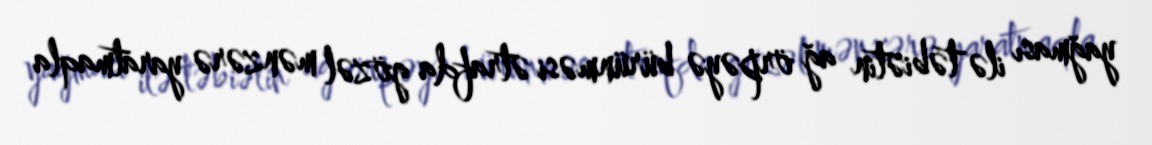
yağması ilə təbiətin ağ örpəyə bürünməsi ətrafda gözəl mənzərə yaratmaqla